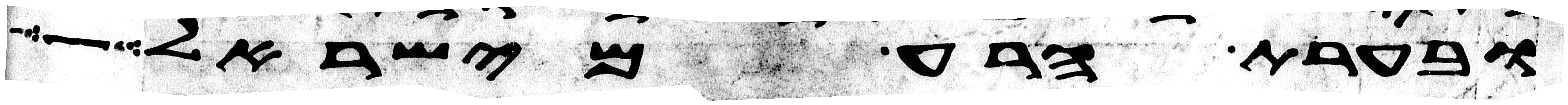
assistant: ובערת הרע מישראל וכל